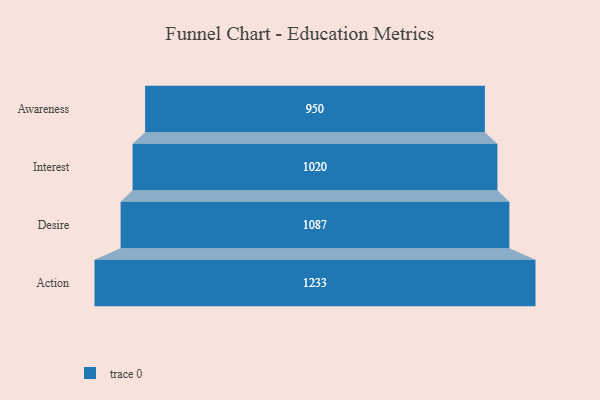
{"axis": {"x": "Stage", "y": "Value"}, "legend": [""], "data": [{"x": "Awareness", "y": 950.0, "type": ""}, {"x": "Interest", "y": 1020.0, "type": ""}, {"x": "Desire", "y": 1087.0, "type": ""}, {"x": "Action", "y": 1233.0, "type": ""}]}